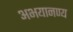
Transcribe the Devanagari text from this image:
अभयानण्‍य